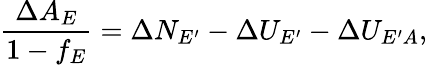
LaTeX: \frac{\Delta A_{E}}{1-f_{E}}=\Delta N_{E^{\prime}}-\Delta U_{E^{\prime}}-\Delta U_{E^{\prime}A},